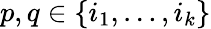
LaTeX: p,q\in\{ i_{1},\ldots,i_{k}\}